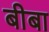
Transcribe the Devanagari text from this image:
बीबा